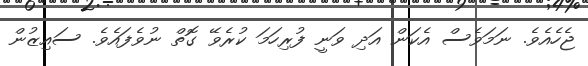
ޖެހެއެވެ. ނަމަވެސް އެކަން އަދި ވަނީ ފުރިހަމަ ކުރެވޭ ގޮތް ނުވެފައެވެ. ސައިޒުން